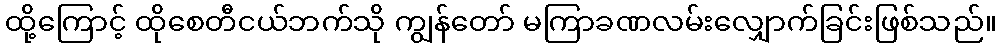
ထို့ကြောင့် ထိုစေတီငယ်ဘက်သို ကျွန်တော် မကြာခဏလမ်းလျှောက်ခြင်းဖြစ်သည်။